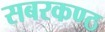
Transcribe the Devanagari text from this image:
सबरकण्ठ